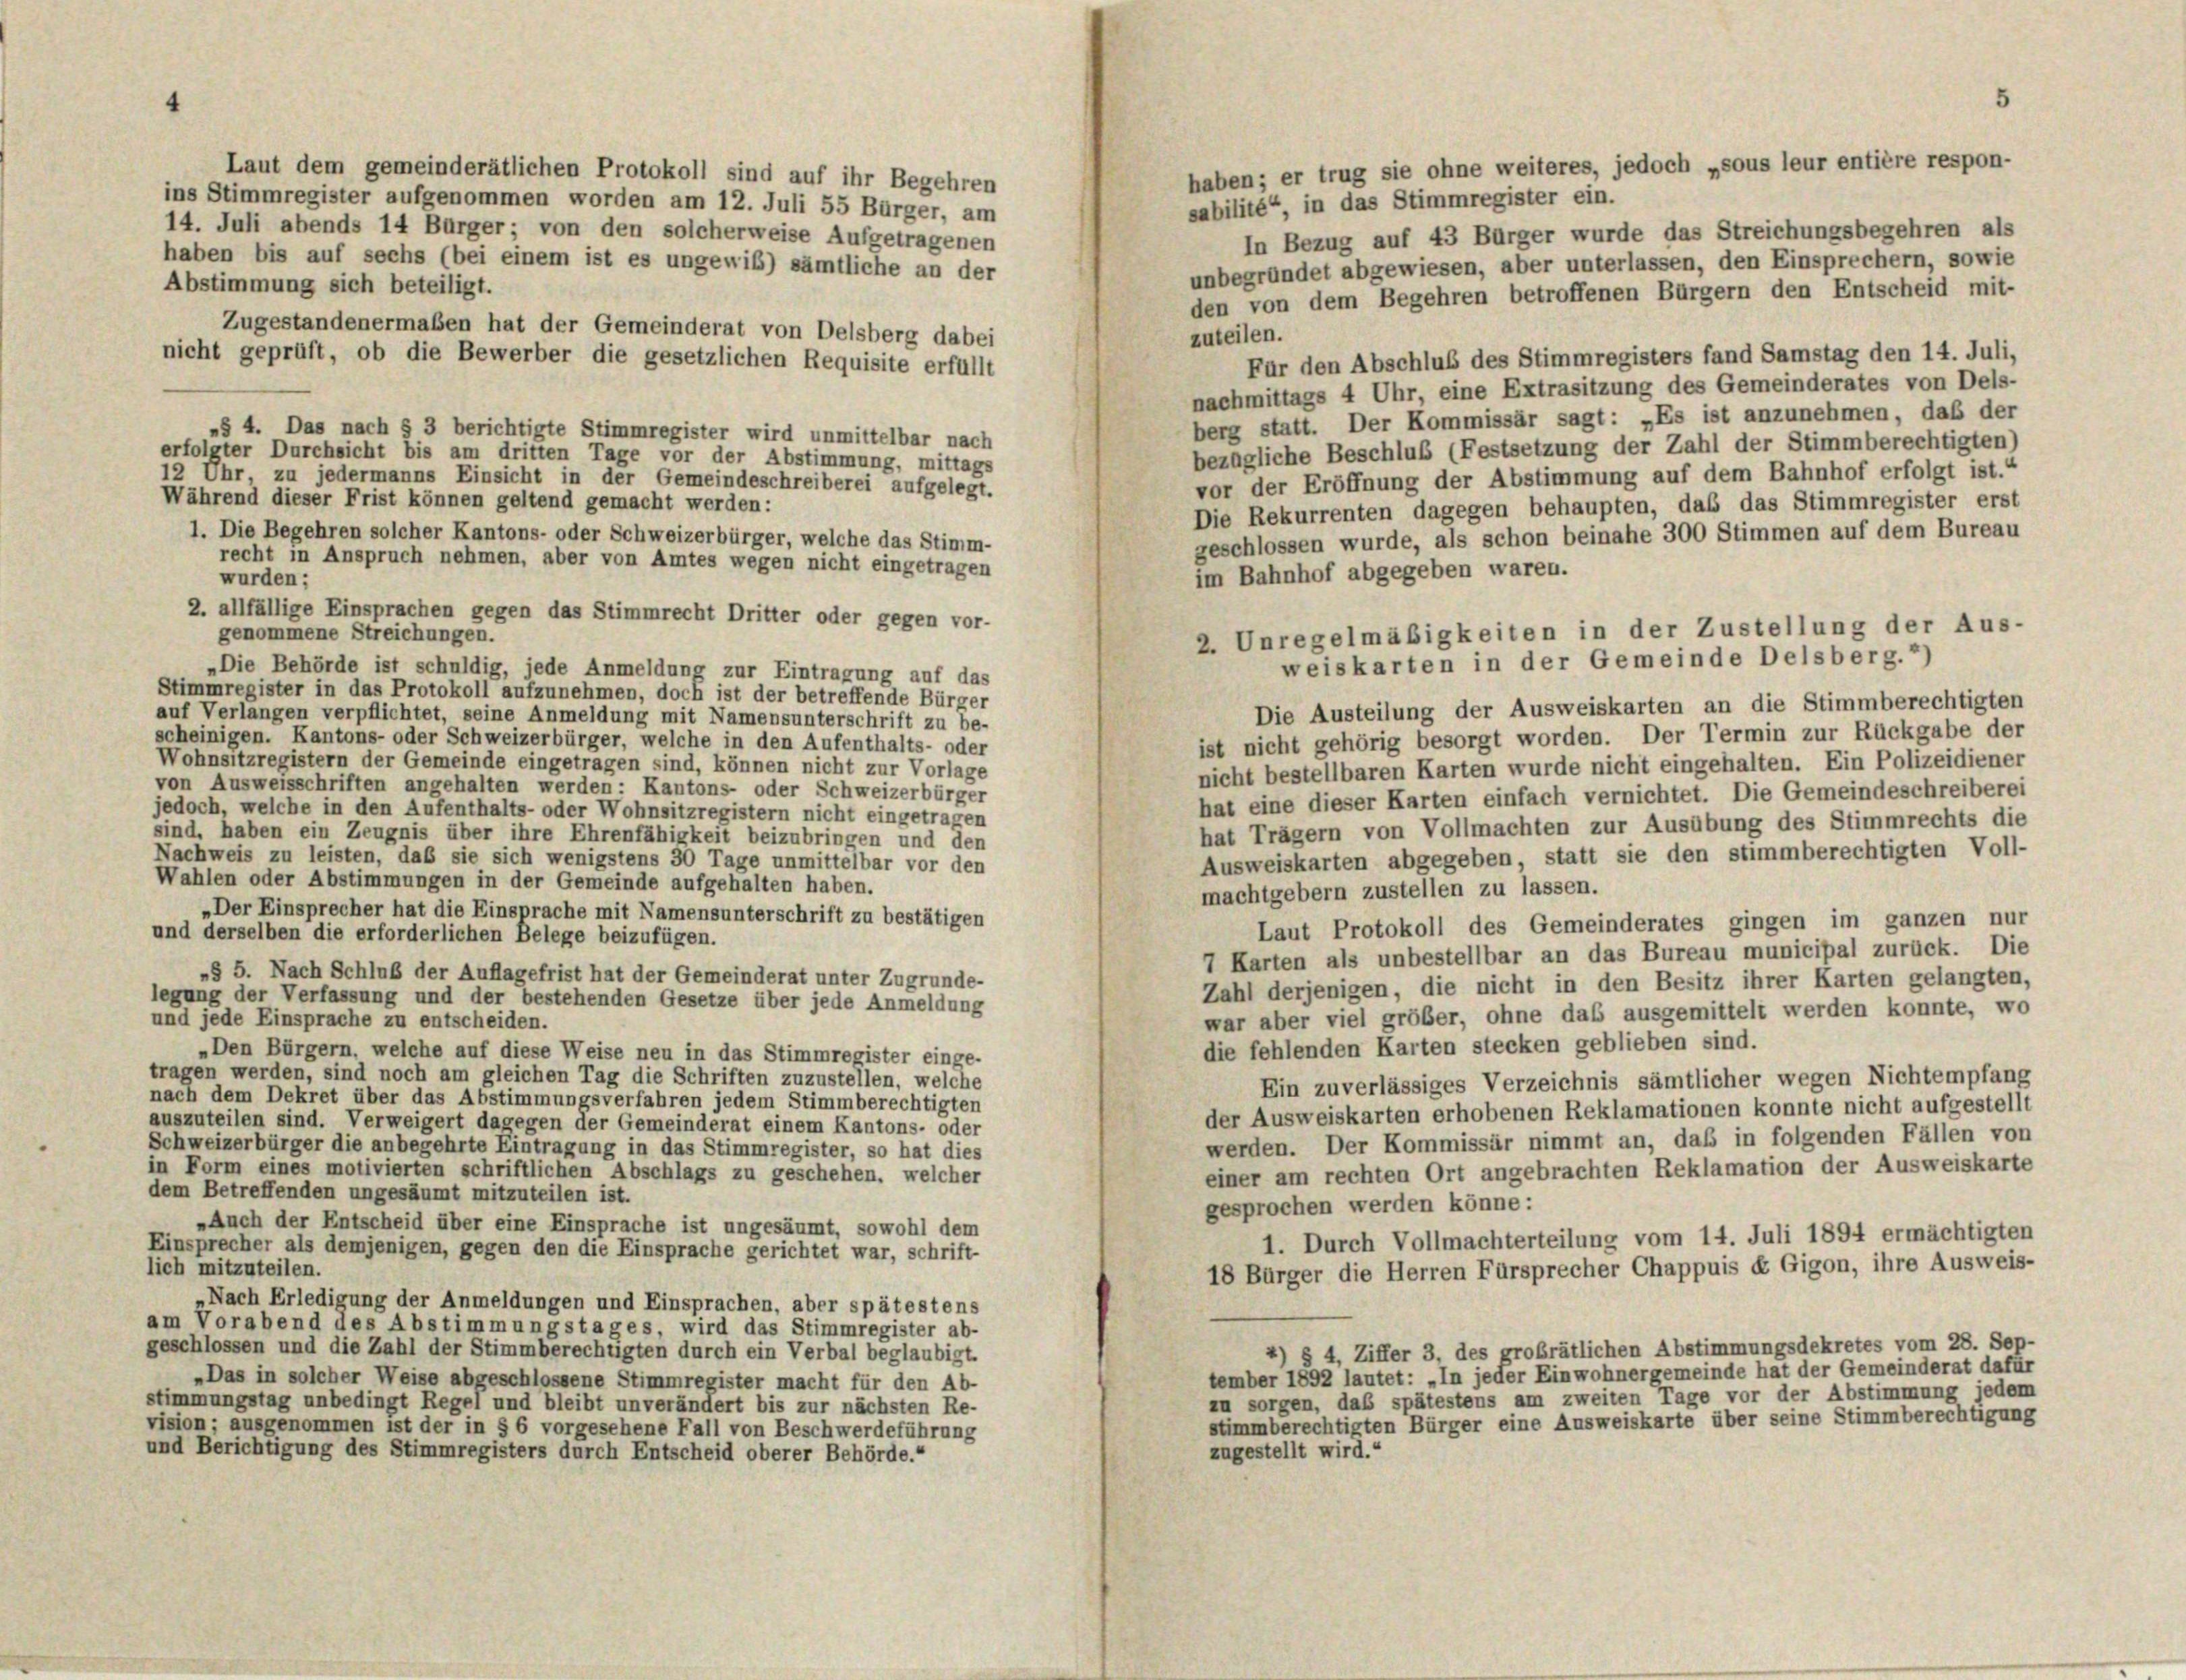
sabilité“, in das Stimmregister ein.
In Bezug auf 43 Bürger wurde das Streichungsbegehren als
haben bis auf sechs (bei einem ist es ungewiß) sämtliche an der
unbegründet abgewiesen, aber unterlassen, den Einsprechern, sowie
Abstimmung sich beteiligt.
den von dem Begehren betroffenen Bürgern den Entscheid mit-
Zugestandenermaßen hat der Gemeinderat von Delsberg dabei
zuteilen.
nicht geprüft, ob die Bewerber die gesetzlichen Requisite erfüllt
Für den Abschluß des Stimmregisters fand Samstag den 14. Juli,
nachmittags 4 Uhr, eine Extrasitzung des Gemeinderates von Dels-
berg statt. Der Kommissär sagt: „Es ist anzunehmen, daß der
„§ 4. Das nach § 3 berichtigte Stimmregister wird unmittelbar nach
bezügliche Beschluß (Festsetzung der Zahl der Stimmberechtigten)
erfolgter Durchsicht bis am dritten Tage vor der Abstimmung, mittags
12 Uhr, zu jedermanns Einsicht in der Gemeindeschreiberei aufgelegt.
vor der Eröffnung der Abstimmung auf dem Bahnhof erfolgt ist.“
Während dieser Frist können geltend gemacht werden:
Die Rekurrenten dagegen behaupten, das das Stimmregister erst
1. Die Begehren solcher Kantons- oder Schweizerbürger, welche das Stimm-
geschlossen wurde, als schon beinahe 300 Stimmen auf dem Bureau
recht in Anspruch nehmen, aber von Amtes wegen nicht eingetragen
im Bahnhof abgegeben waren.
wurden;
2. allfällige Einsprachen gegen das Stimmrecht Dritter oder gegen vor-
genommene Streichungen.
„Die Behörde ist schuldig, jede Anmeldung zur Eintragung auf das
Stimmregister in das Protokoll aufzunehmen, doch ist der betreffende Bürger
Die Austeilung der Ausweiskarten an die Stimmberechtigten
auf Verlangen verpflichtet, seine Anmeldung mit Namensunterschrift zu be-
ist nicht gehörig besorgt worden. Der Termin zur Rückgabe der
scheinigen. Kantons- oder Schweizerbürger, welche in den Aufenthalts- oder
Wohnsitzregistern der Gemeinde eingetragen sind, können nicht zur Vorlage
nicht bestellbaren Karten wurde nicht eingehalten. Ein Polizeidiener
von Ausweisschriften angehalten werden: Kantons- oder Schweizerbürger
hat eine dieser Karten einfach vernichtet. Die Gemeindeschreiberei
jedoch, welche in den Aufenthalts- oder Wohnsitzregistern nicht eingetragen
hat Trägern von Vollmachten zur Ausübung des Stimmrechts die
sind, haben ein Zeugnis über ihre Ehrenfähigkeit beizubringen und den
Ausweiskarten abgegeben, statt sie den stimmberechtigten Voll-
Nachweis zu leisten, daß sie sich wenigstens 30 Tage unmittelbar vor den
Wahlen oder Abstimmungen in der Gemeinde aufgehalten haben.
machtgebern zustellen zu lassen.
„Der Einsprecher hat die Einsprache mit Namensunterschrift zu bestätigen
Laut Protokoll des Gemeinderates gingen im ganzen nur
und derselben die erforderlichen Belege beizufügen.
7 Karten als unbestellbar an das Bureau municipal zurück. Die
»§ 5. Nach Schluß der Auflagefrist hat der Gemeinderat unter Zugrunde-
Zahl derjenigen, die nicht in den Besitz ihrer Karten gelangten,
legung der Verfassung und der bestehenden Gesetze über jede Anmeldung
war aber viel größer, ohne das ausgemittelt werden konnte, wo
und jede Einsprache zu entscheiden.
die fehlenden Karten stecken geblieben sind.
„Den Bürgern, welche auf diese Weise neu in das Stimmregister einge-
tragen werden, sind noch am gleichen Tag die Schriften zuzustellen, welche
Ein zuverlässiges Verzeichnis sämtlicher wegen Nichtempfang
nach dem Dekret über das Abstimmungsverfahren jedem Stimmberechtigten
der Ausweiskarten erhobenen Reklamationen konnte nicht aufgestellt
auszuteilen sind. Verweigert dagegen der Gemeinderat einem Kantons- oder
werden. Der Kommissär nimmt an, daß in folgenden Fällen von
Schweizerbürger die anbegehrte Eintragung in das Stimmregister, so hat dies
in Form eines motivierten schriftlichen Abschlags zu geschehen, welcher
einer am rechten Ort angebrachten Reklamation der Ausweiskarte
dem Betreffenden ungesäumt mitzuteilen ist.
gesprochen werden könne:
»Auch der Entscheid über eine Einsprache ist ungesäumt, sowohl dem
1. Durch Vollmachterteilung vom 14. Juli 1894 ermächtigten
Einsprecher als demjenigen, gegen den die Einsprache gerichtet war, schrift-
lich mitzuteilen.
18 Bürger die Herren Fürsprecher Chappuis et Gigon, ihre Ausweis-
Nach Erledigung der Anmeldungen und Einsprachen, aber spätestens
am Vorabend des Abstimmungstages, wird das Stimmregister ab-
4) § 4, Ziffer 3, des grobrätlichen Abstimmungsdekretes vom 28. Sep-
geschlossen und die Zahl der Stimmberechtigten durch ein Verbal beglaubigt.
tember 1892 lautet: „In jeder Einwohnergemeinde hat der Gemeinderat dafür
„Das in solcher Weise abgeschlossene Stimmregister macht für den Ab-
zu sorgen, das spätestens am zweiten Tage vor der Abstimmung jedem
stimmungstag unbedingt Regel und bleibt unverändert bis zur nächsten Re-
stimmberechtigten Bürger eine Ausweiskarte über seine Stimmberechtigung
vision ; ausgenommen ist der in § 6 vorgesehene Fall von Beschwerdeführung
und Berichtigung des Stimmregisters durch Entscheid oberer Behörde.“
zugestellt wird.“

Laut dem gemeinderätlichen Protokoll sind auf ihr Begehren
ins Stimmregister aufgenommen worden am 12. Juli 55 Bürger, am
14. Juli abends 14 Bürger; von den solcherweise Aufgetragenen

5
haben; er trug sie ohne weiteres, jedoch „sous leur entière respon-

2. Unregelmäßigkeiten in der Zustellung der Aus-
weiskarten in der Gemeinde Delsberg.2)